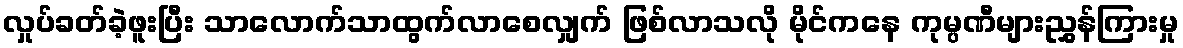
လှုပ်ခတ်ခဲ့ဖူးပြီး သာလောက်သာထွက်လာစေလျှက် ဖြစ်လာသလို မိုင်ကနေ ကုမ္ပဏီများညွှန်ကြားမှု